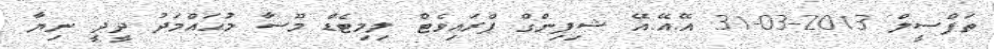
ތަފްސީލް 2013-03-31 އޭ.އޭ.އޭ ޝިޕިންގް ޕްރައިވެޓް ލިމިޓެޑް މޫސާ މުޙައްމަދު ދީދީ ނިޔާ